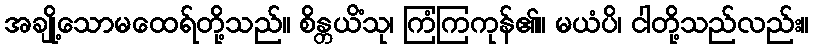
အချို့သောမထေရ်တို့သည်။ စိန္တယိံသု၊ ကြံကြကုန်၏။ မယံပိ၊ ငါတို့သည်လည်း။